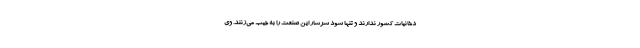
دخانیات کشور ندارند و تنها سود سرشار این صنعت را به جیب می‌زنند. وی